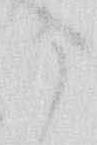
か